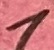
Text: 1